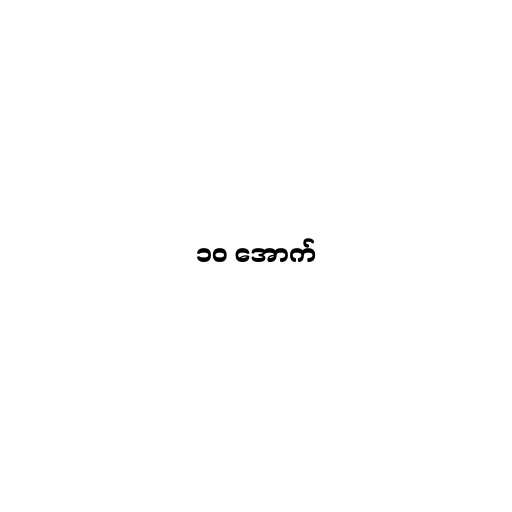
၁၀ အောက်